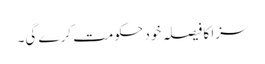
سزا کا فیصلہ خود حکومت کرے گی۔